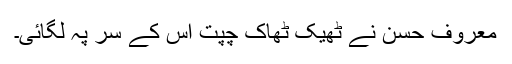
معروف حسن نے ٹھیک ٹھاک چپت اس کے سر پہ لگائی۔